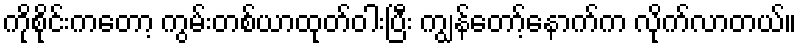
ကိုစိုင်းကတော့ ကွမ်းတစ်ယာထုတ်ဝါးပြီး ကျွန်တော့်နောက်က လိုက်လာတယ်။